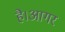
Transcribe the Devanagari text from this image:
है।आगर